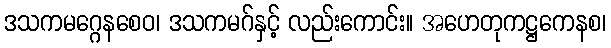
ဒသကမဂ္ဂေနစေဝ၊ ဒသကမဂ်နှင့် လည်းကောင်း။ အဟေတုကဋ္ဌကေနစ၊